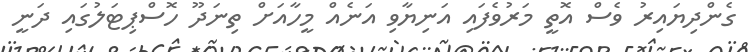
ގެންދިޔައިރު ވެސް އޮތީ މަރުވެފައި އަނިޔާވި އަނެއް މީހާއަށް ތިނަދޫ ހޮސްޕިޓަލުުގައި ދަނީ